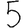
Digit: 5